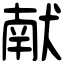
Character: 献